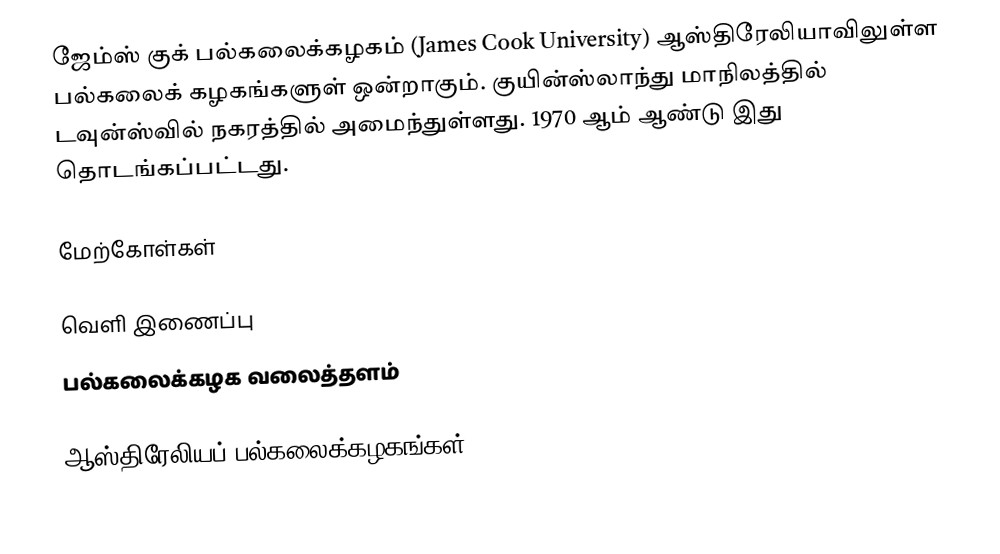
ஜேம்ஸ் குக் பல்கலைக்கழகம் (James Cook University) ஆஸ்திரேலியாவிலுள்ள பல்கலைக் கழகங்களுள் ஒன்றாகும். குயின்ஸ்லாந்து மாநிலத்தில் டவுன்ஸ்வில் நகரத்தில் அமைந்துள்ளது. 1970 ஆம் ஆண்டு இது தொடங்கப்பட்டது.

மேற்கோள்கள்

வெளி இணைப்பு
 பல்கலைக்கழக வலைத்தளம்

ஆஸ்திரேலியப் பல்கலைக்கழகங்கள்